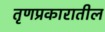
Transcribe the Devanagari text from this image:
तृणप्रकारातील